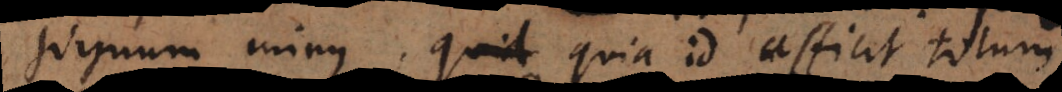
signum minus, quia id afficit totum